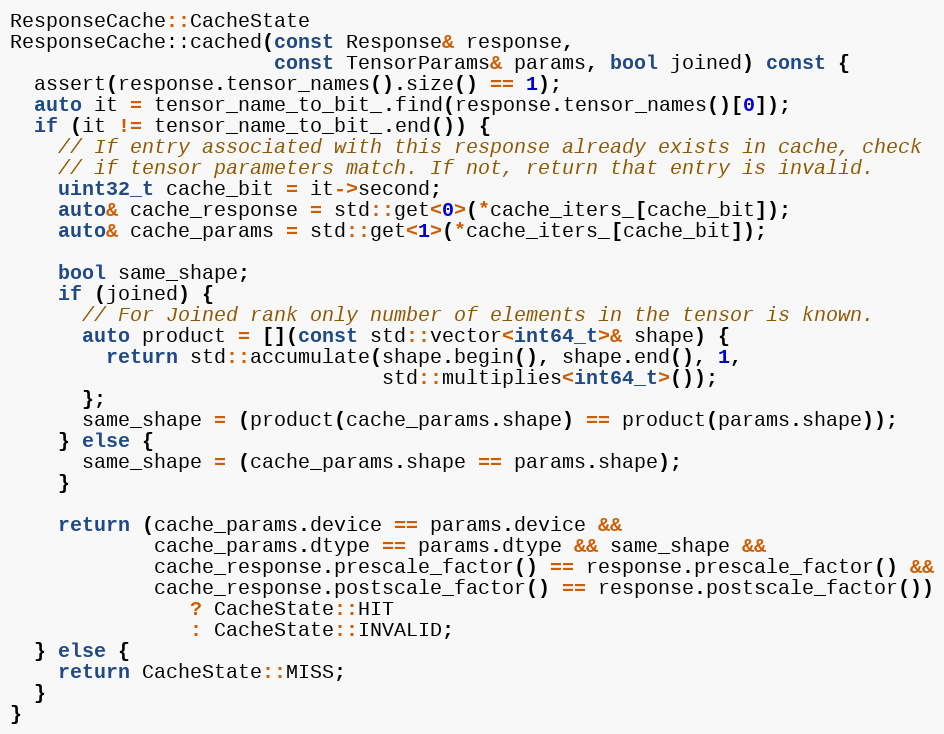
Language: C++
ResponseCache::CacheState
ResponseCache::cached(const Response& response,
                      const TensorParams& params, bool joined) const {
  assert(response.tensor_names().size() == 1);
  auto it = tensor_name_to_bit_.find(response.tensor_names()[0]);
  if (it != tensor_name_to_bit_.end()) {
    // If entry associated with this response already exists in cache, check
    // if tensor parameters match. If not, return that entry is invalid.
    uint32_t cache_bit = it->second;
    auto& cache_response = std::get<0>(*cache_iters_[cache_bit]);
    auto& cache_params = std::get<1>(*cache_iters_[cache_bit]);

    bool same_shape;
    if (joined) {
      // For Joined rank only number of elements in the tensor is known.
      auto product = [](const std::vector<int64_t>& shape) {
        return std::accumulate(shape.begin(), shape.end(), 1,
                               std::multiplies<int64_t>());
      };
      same_shape = (product(cache_params.shape) == product(params.shape));
    } else {
      same_shape = (cache_params.shape == params.shape);
    }

    return (cache_params.device == params.device &&
            cache_params.dtype == params.dtype && same_shape &&
            cache_response.prescale_factor() == response.prescale_factor() &&
            cache_response.postscale_factor() == response.postscale_factor())
               ? CacheState::HIT
               : CacheState::INVALID;
  } else {
    return CacheState::MISS;
  }
}